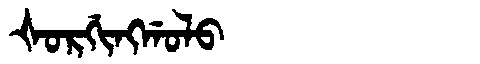
Manchu: ᡧᠣᡵᡤᡳᠩᡤᠣᠯᠣ
Romanization: ŠORGINGGOLO